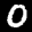
Label: 0